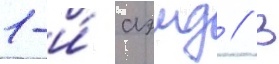
1-и́ аэмд // В